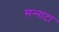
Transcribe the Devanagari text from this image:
सन्‍नाटा